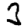
Digit: 3